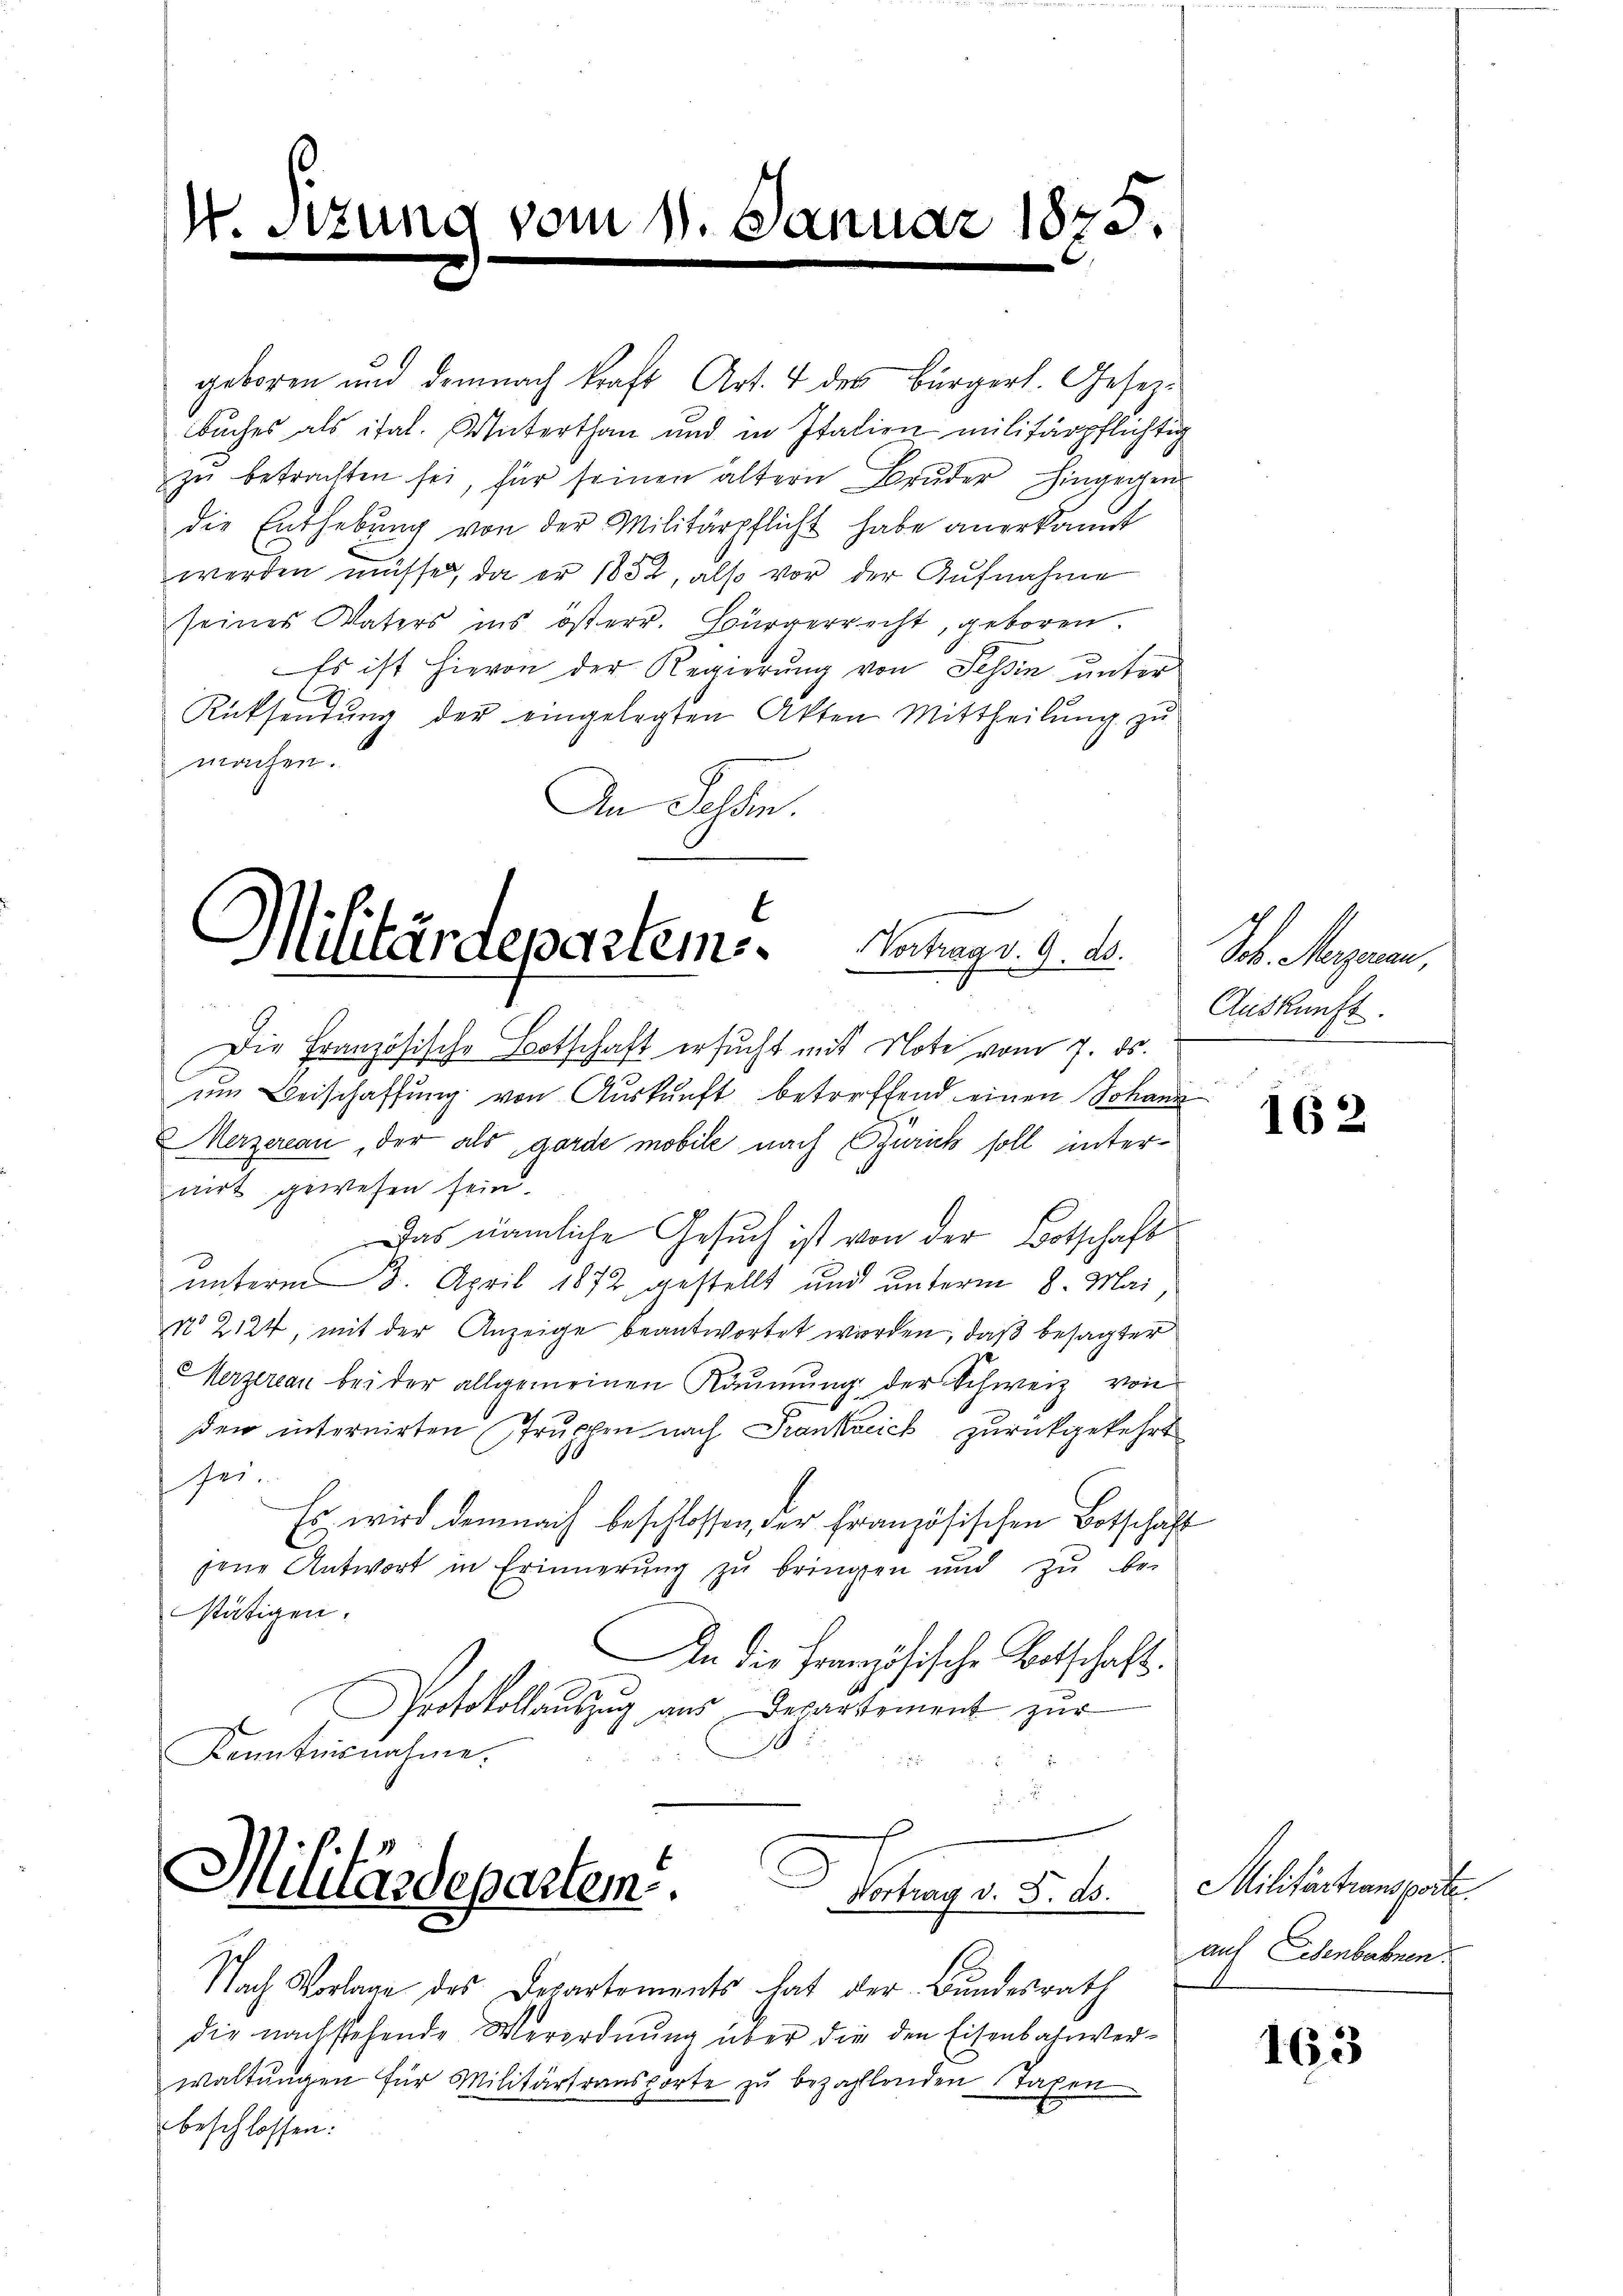
W. Sitzung vom 11. Januar 1875.

geboren und demnach kraft Art. 4 des Bürgerl. Gesezbuches als ital. Unterthan und in Italien militärpflichtig
zŭ betrachten sei, für seinen ältern Bruder hingegen
die Enthebung von der Militärpflicht habe anerkannt
werden müsse, da er 1832, also vor der Aufnahme
seines Vaters ins österr. Bürgerrecht, geboren
Es ist hievon der Regierung von Tessin unter
Rücksendŭng der eingelegten Akten Mittheilŭng zŭ
machen.
An Fehlen.

C
Militärdepartems. Vortrag v. 9. d.

Die Französische Botschaft ersucht mit Note vom 7. ds.
um Beischaffung von Auskunft betreffend einen Johann
Merzereau, der als garde mobile nach Zürich soll hinternirt gewesen sein.
Das nämliche Gesuch ist von der Botschaft
unterm 8. April 1872 gestellt und unterm 8. Mai
N 2124, mit der Anzeige beantwortet werden, daß besagter
erzereau bei der allgemeinen Räumung der Schweiz von
den internirten Truchen nach Frankreich zurückgekehrt
6
sher
Es wird demnach beschlossen, der Französischen Botschaft
jene Antwort in Erinnerŭng zŭ bringen und zŭ be-
stätigen.
In die Französische Botschaft.
Protokollauszug aus Departement zur
Kenntnisnahme.

Militärdepartem
¬
Scharge §. 1.

Nach Vorlage des Departements hat der Bundesrath
die nachstehende Verordnung über die den Eisenbahnverwaltŭngen für Militärfransporte zŭ bezahlenden Taxen
beschlossen:

Joh. Magenen,
Auskunft.

162

Mitartam parte
auf Eisenbahnen.

163